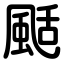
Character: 颳